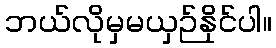
ဘယ်လိုမှမယှဉ်နိုင်ပါ။